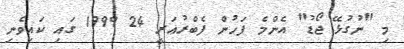
މި "ނުގުޅޭ ޖޯޑު" އެންމެ ފަހުން ފެބްރުއަރީ 24 1999 ގައި ކައިވެނި